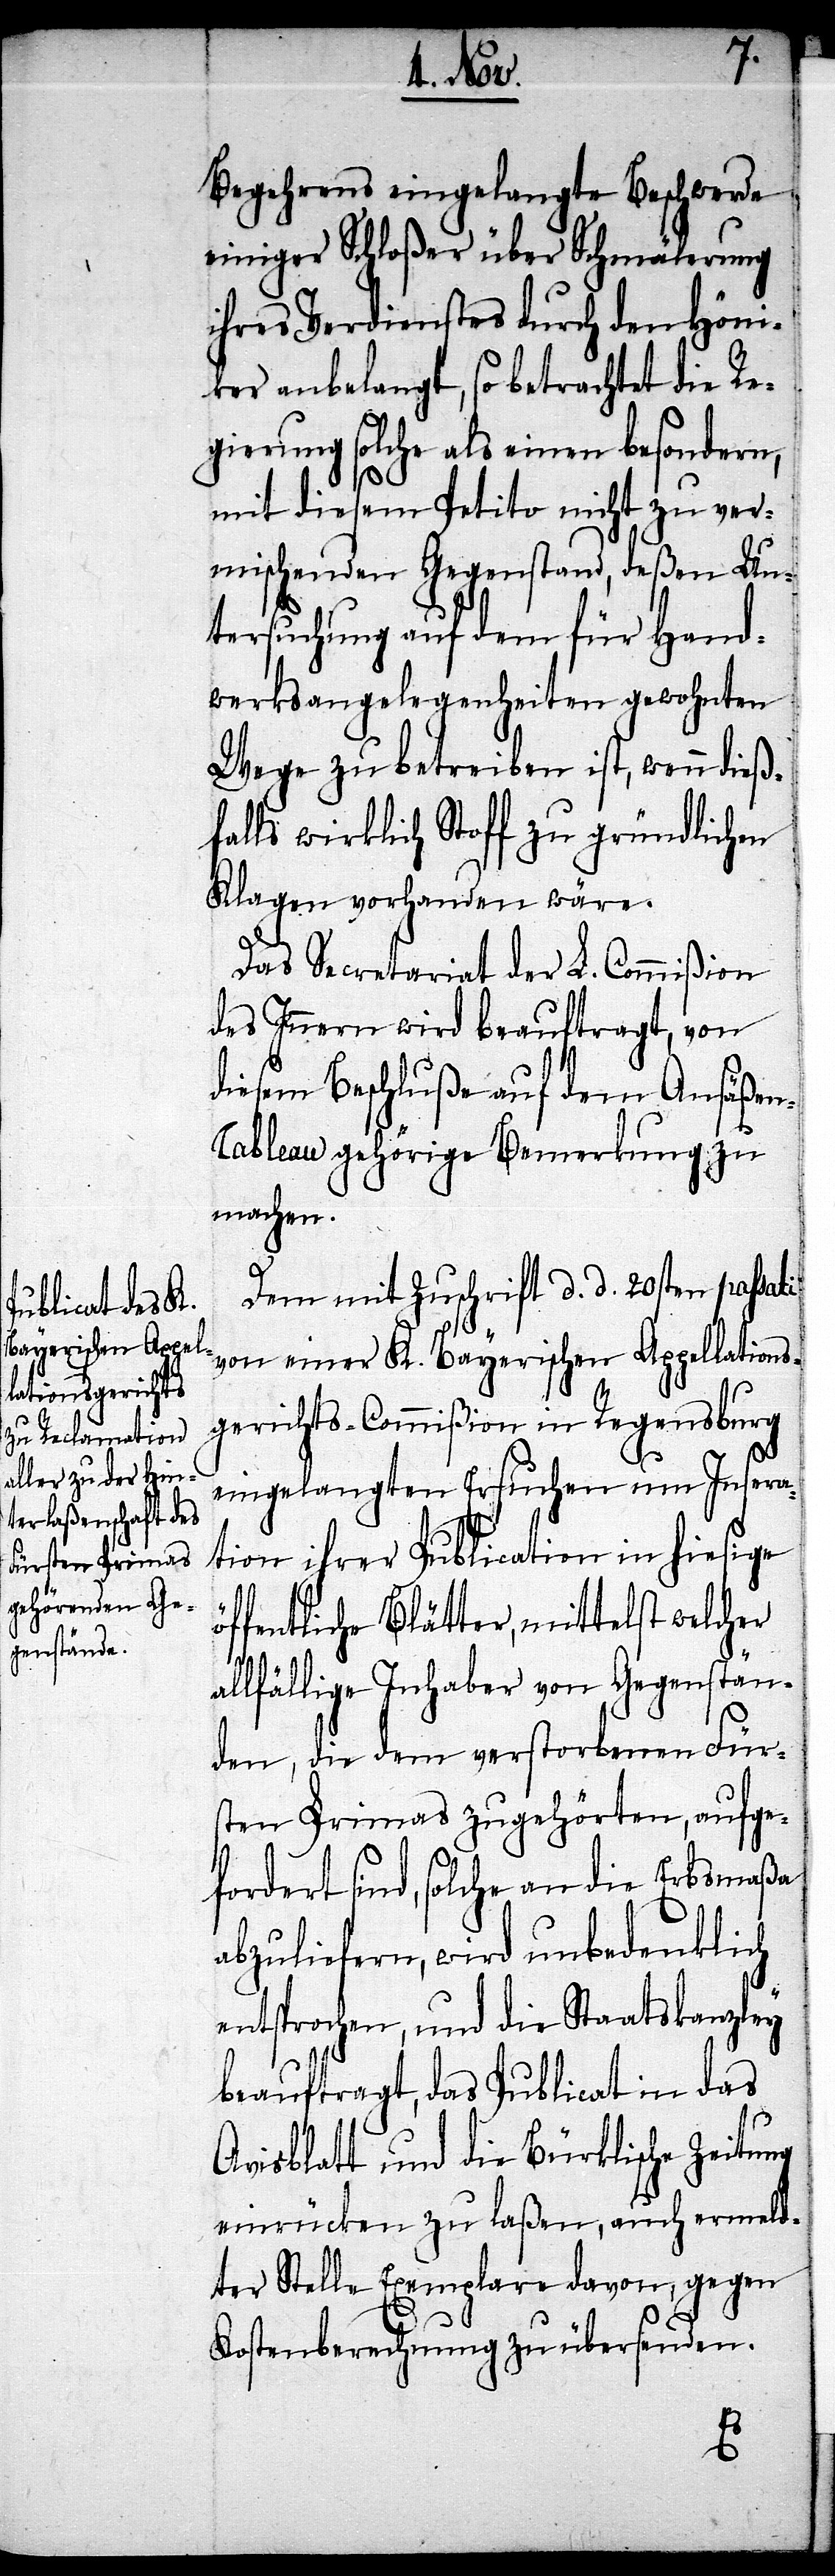
Begehrens eingelangte Beschwerde
einiger Schloßer über Schmälerung
ihres Verdienstes durch den Höni¬
ker angelangt, so betrachtet die Re¬
gierung solche als einen besondern,
mit diesem Petitio nicht zu ver¬
mischenden Gegenstand, deßen Un¬
tersuchung auf dem für Hand¬
werksangelegenheiten gewohnten
Wege zu betreiben ist, wenn dieß¬
falls wirklich Stoff zu gründlichen
Klagen vorhanden wäre.
Das Secretariat der L. Commißion
des Innern wird beauftragt, von
diesem Beschluße auf dem Ansäße¬
n-Tableau gehörige Bemerkung zu
machen.
Dem mit Zuschrift d. d. 20sten passati
von einer K. Bayerischen Appellations¬
gerichts-Commißion in Regensburg
eingelangten Ersuchen um Insera¬
tion ihrer Publication in hiesige
öffentliche Blätter, mittelst welcher
allfällige Inhaber von Gegenstän¬
den, die dem verstorbenen Für¬
sten Primas zugehörten, aufge¬
fordert sind, solche an die Erbsmaßa
abzuliefern, wird unbedenklich
entsprochen, und die Staatskanzley
beauftragt, das Publicat in das
Avisblatt und die Bürklische Zeitung
einrücken zu laßen, auch ermeld¬
ter Stelle Exemplare davon, gegen
Kostenberechnung zu übersenden.